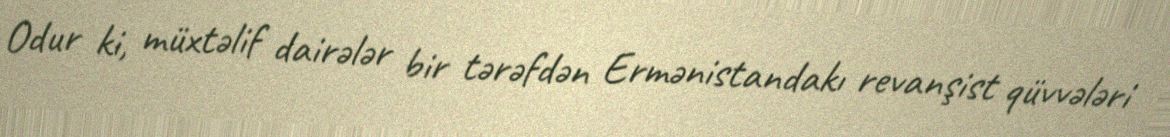
Odur ki, müxtəlif dairələr bir tərəfdən Ermənistandakı revanşist qüvvələri